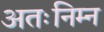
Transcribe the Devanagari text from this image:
अतःनिम्न